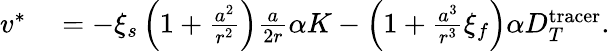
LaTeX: \begin{array}{rl}{v^{\ast}}&{{}=-\xi_{s}\left(1+\frac{a^{2}}{r^{2}}\right)\frac{a}{2r}\alpha K-\left(1+\frac{a^{3}}{r^{3}}\xi_{f}\right)\alpha D_{T}^{\mathrm{tracer}}.}\end{array}